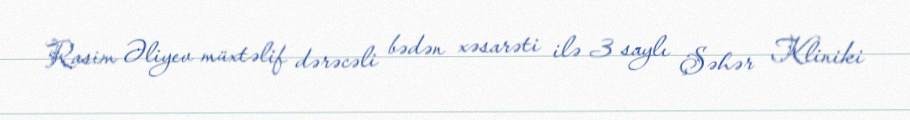
Rasim Əliyev müxtəlif dərəcəli bədən xəsarəti ilə 3 saylı Şəhər Kliniki